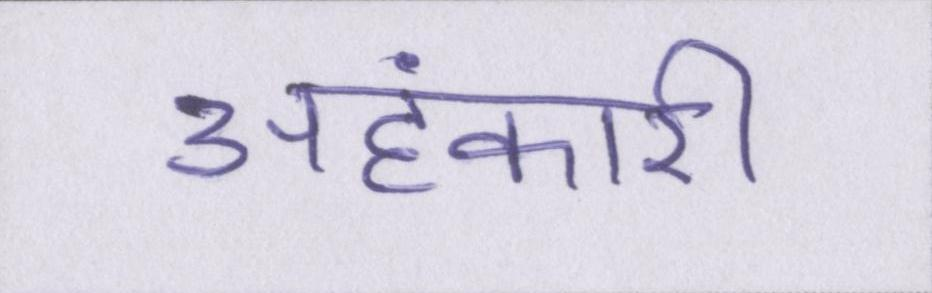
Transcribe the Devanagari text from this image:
अहंकारी